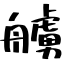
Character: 艣